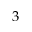
3